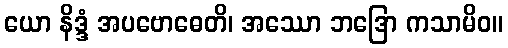
ယော နိဒ္ဒံ အပဗောဓေတိ၊ အဿော ဘဒြော ကသာမိဝ။